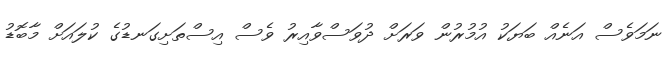
ނަމަވެސް އަނެއް ބަޔަކު އުމުރުން ވަރަށް ދުވަސްވާއިރު ވެސް އިސްތަށިގަނޑުގެ ކުލައަށް މާބޮޑު